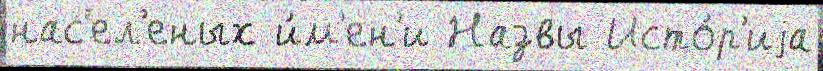
нас'ел'еных и́м'ен'и Назвы Исто́р'иjа